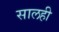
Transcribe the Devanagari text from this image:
सालही